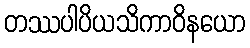
တဿပါပိယသိကာဝိနယော